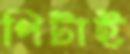
পিটাই